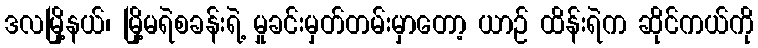
ဒလမြို့နယ်၊ မြို့မရဲစခန်းရဲ့ မှုခင်းမှတ်တမ်းမှာတော့ ယာဉ် ထိန်းရဲက ဆိုင်ကယ်ကို